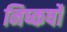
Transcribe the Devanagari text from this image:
निष्कर्षो